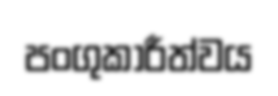
පංගුකාරීත්වය